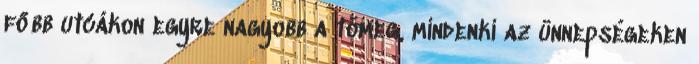
főbb utcákon egyre nagyobb a tömeg, mindenki az ünnepségeken